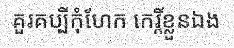
គួរគប្បីកុំហែក កេរ្តិ៍ខ្លួនឯង